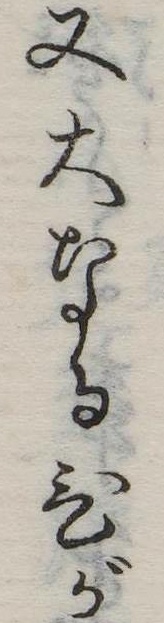
又大なるひが